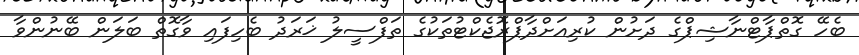
ބެހޭ ގޮތްޕާޓްނާޝިޕްގެ ދަށުން ކުރިއަށްދާޕްރޮޖެކްޓުތަކުގެ ތަފްސީލު ޚަރަދު ބެހިފައި ވާގޮތް ބަލަން ބޭނުންވާ